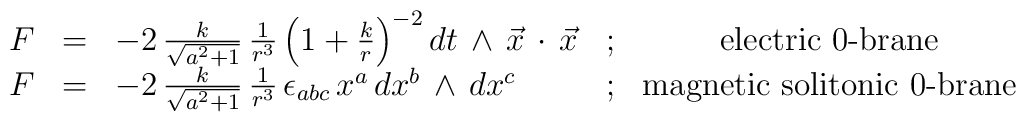
\begin{array}{rclcc} F & = & -2 \, \frac{k}{\sqrt{a^2+1 }}\, \frac{1}{r^3} \left(1+\frac{k}{r}\right)^{-2} dt \, \wedge \, {\vec x} \, \cdot \, {\vec x}  & ; & \mbox{electric $0$-brane} \\ {  F} &=& - 2 \, \frac{k}{\sqrt {a^2+1}} \, \frac{1}{r^3} \, \epsilon_{abc} \, x^a \, dx^b \, \wedge \, dx^c & ; & \mbox{magnetic solitonic $0$-brane}\\\end{array}